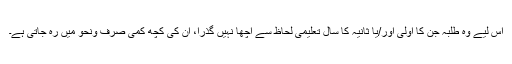
اس لیے وہ طلبہ جن کا اولیٰ اور/یا ثانیہ کا سال تعلیمی لحاظ سے اچھا نہیں گذرا، ان کی کچھ کمی صرف ونحو میں رہ جاتی ہے۔